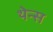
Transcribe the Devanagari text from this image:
थेन्स